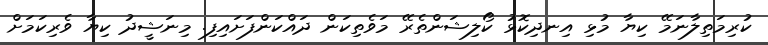
ކުރިމަތިލާނަމޭ ކިޔާ މުޅި އިނދިކޮޅު ކޯލިޝަންތެރޭ މަވެތިކަން ދައްކަންފަށައިފި. މިނަޝީދު ކިޔާ ވެރިކަމަށް